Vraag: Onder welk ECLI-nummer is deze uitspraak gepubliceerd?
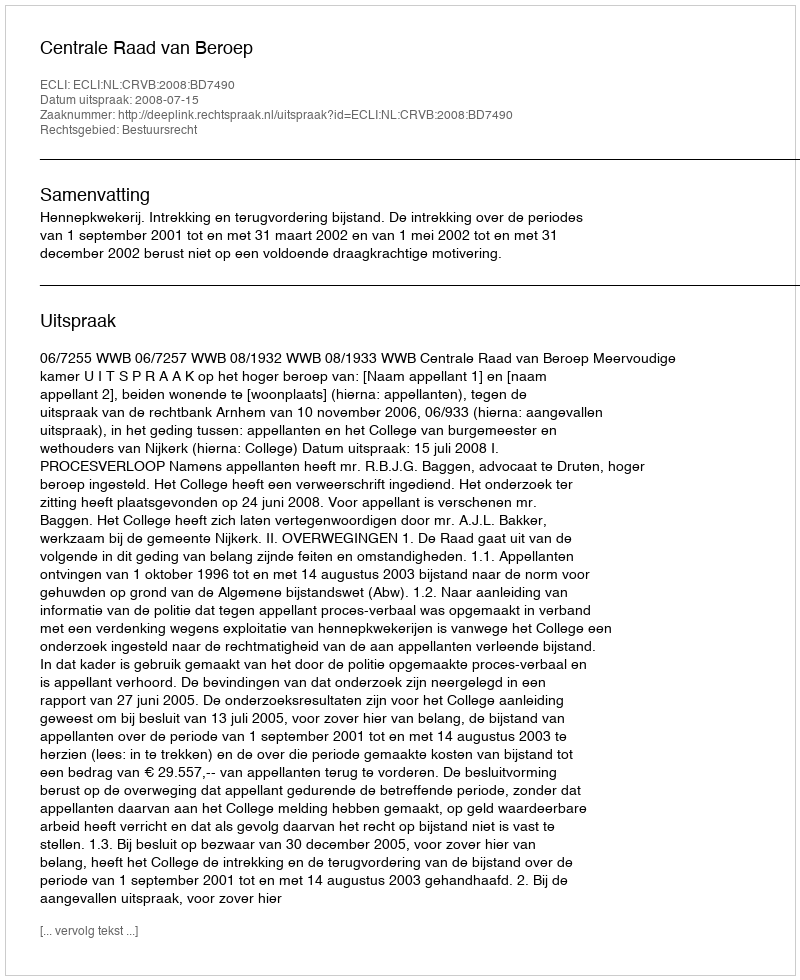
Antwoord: ECLI:NL:CRVB:2008:BD7490